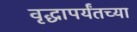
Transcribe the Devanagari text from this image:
वृद्धापर्यंतच्या